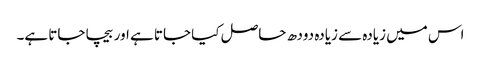
اس میں زیادہ سے زیادہ دودھ حاصل کیا جاتا ہے اور بیچا جاتا ہے۔